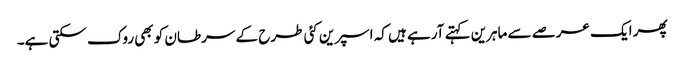
پھر ایک عرصے سے ماہرین کہتے آرہے ہیں کہ اسپرین کئی طرح کے سرطان کو بھی روک سکتی ہے۔